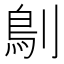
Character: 𠞸